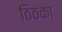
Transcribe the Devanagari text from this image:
ठिठका